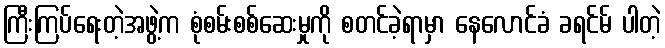
ကြီးကြပ်ရေးတဲ့အဖွဲ့က စုံစမ်းစစ်ဆေးမှုကို စတင်ခဲ့ရာမှာ နေလောင်ခံ ခရင်မ် ပါတဲ့